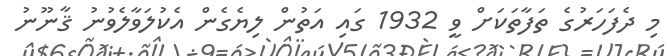
މި ދެފަހަރުގެ ތަފާތަކަށް ވީ 1932 ގައި އަތުން ލިޔެގެން އެކުލަވާލެވުނު ޤާނޫނު